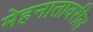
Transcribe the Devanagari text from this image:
मेहनातावरील